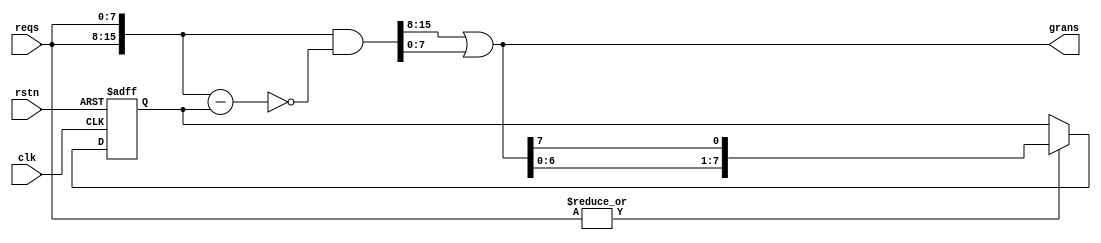
module round_robin_arbiter_base #(
    parameter REQ_NUM = 8
) (
    input                  clk,
    input                  rstn,
    input  [REQ_NUM-1 : 0] reqs,
    output [REQ_NUM-1 : 0] grans
);
    
/*wire [2*REQ_NUM-1 : 0] double_reqs;
reg  [2*REQ_NUM-1 : 0] mask;
wire [2*REQ_NUM-1 : 0] masked_double_reqs_grans;
wire [2*REQ_NUM-1 : 0] masked_double_reqs;
wire [REQ_NUM-1 : 0]   masked_reqs;
wire                   has_masked_reqs;

assign has_masked_reqs = |masked_reqs;
assign masked_reqs = mask[REQ_NUM-1 : 0] & mask;
assign double_reqs = {reqs , reqs};
assign masked_double_reqs = double_reqs & mask;
assign masked_double_reqs_grans = masked_double_reqs & ~(masked_double_reqs - 1'b1);
assign grans = has_masked_reqs ? masked_double_reqs_grans[REQ_NUM-1 : 0] : masked_double_reqs_grans[2*REQ_NUM-1 : REQ_NUM];

always @(posedge clk or negedge rstn) begin
    if (!rstn) begin
        mask <= {2*REQ_NUM{1'b1}};
    end
    else if (has_masked_reqs) begin
        mask <= {{REQ_NUM{1'b1}} , ~((grans-1'b1)|grans)};  
    end
    else if (mask[REQ_NUM-1 : 0] == 'b0) begin
        mask <= {2*REQ_NUM{1'b1}};
    end
end */

reg  [REQ_NUM-1 : 0]   priority_base; // 
wire [2*REQ_NUM-1 : 0] double_reqs;
wire [2*REQ_NUM-1 : 0] double_reqs_grans;

assign double_reqs = {reqs , reqs};
assign double_reqs_grans = double_reqs & ~(double_reqs - priority_base);
assign grans = double_reqs_grans[2*REQ_NUM-1 : REQ_NUM] | double_reqs_grans[REQ_NUM-1 : 0];

always @(posedge clk or negedge rstn) begin
    if (!rstn) begin
        priority_base <= 'b1;
    end
    else if (|reqs) begin
        priority_base <= {grans[REQ_NUM-2 : 0] , grans[REQ_NUM-1]}; //1000  0001 0000
    end
end
endmodule

//                                                     round_robin_arbiter    roind_robin_arbiter_base
// dobule_reqs                 = 1101_1101             reqs  1110             double_reqs    1110_1110 
// ~(doublule_reqs - priority) = 0010_1010             mask  1111             priority_base  0000_0001  
// priority_base               = 0000_1000             grans 0010             grans               0010  

// doubule_reqs - priority     = 1101_0101             reqs  0011             doulbe_reqs    0011_0011
//                                                     mask  1100             priority_base  0000_0100
//                                                     grans 0001             grans               0001  
// double_reqs_grans           = 0000_1000
// grans                       = 1000                  reqs  0110             double_reqs    0110_0110
//                                                     maske 1100             priority_base  0000_0010
                                   //                  grans 0100             grans               0010